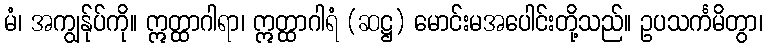
မံ၊ အကျွန်ုပ်ကို။ ဣတ္ထာဂါရာ၊ ဣတ္ထာဂါရံ (ဆဋ္ဌ) မောင်းမအပေါင်းတို့သည်။ ဥပသင်္ကမိတွာ၊